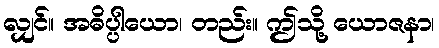
လျှင်။ အဓိပ္ပါယော၊ တည်း။ ဤသို့ ယောဇနာ၊